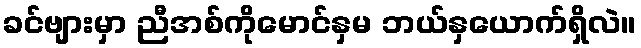
ခင်ဗျားမှာ ညီအစ်ကိုမောင်နှမ ဘယ်နှယောက်ရှိလဲ။